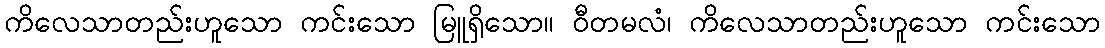
ကိလေသာတည်းဟူသော ကင်းသော မြူရှိသော။ ဝီတမလံ၊ ကိလေသာတည်းဟူသော ကင်းသော